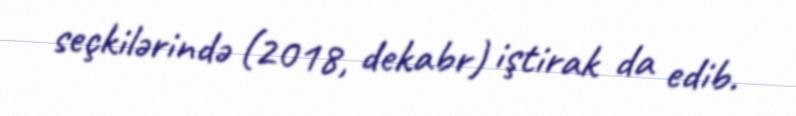
seçkilərində (2018, dekabr) iştirak da edib.